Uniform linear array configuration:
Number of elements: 64
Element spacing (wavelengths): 0.5
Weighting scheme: uniform
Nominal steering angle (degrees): -15
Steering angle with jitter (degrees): -15.976
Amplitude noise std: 0.05
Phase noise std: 0.05

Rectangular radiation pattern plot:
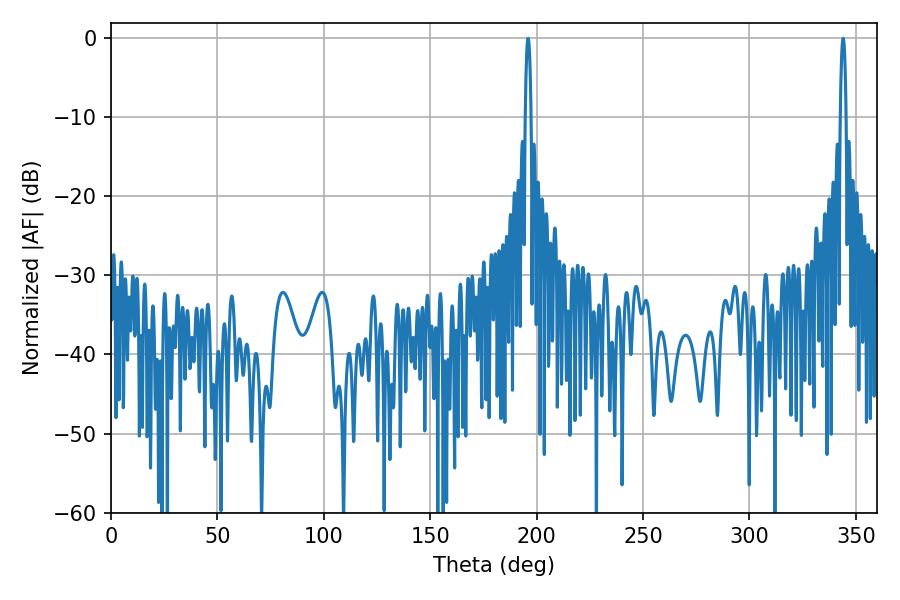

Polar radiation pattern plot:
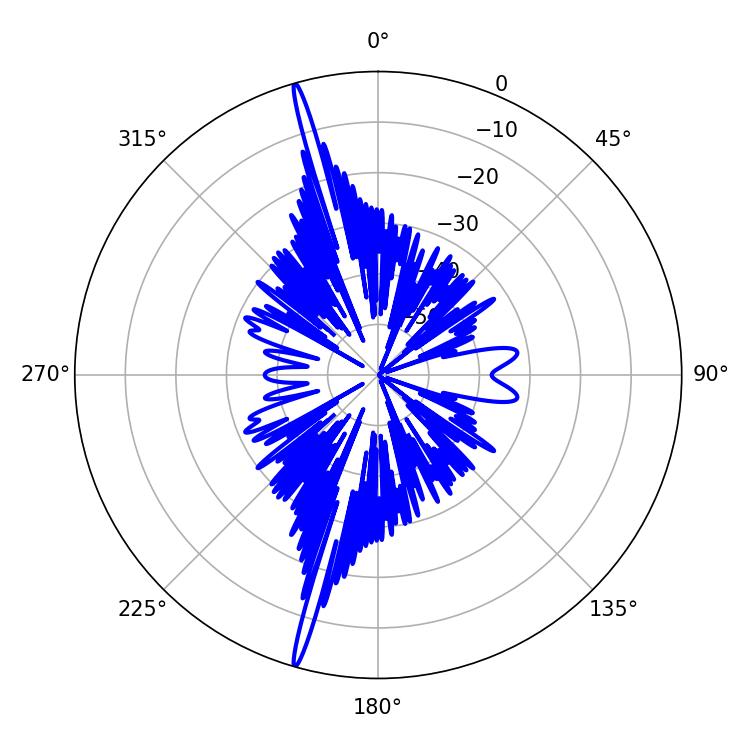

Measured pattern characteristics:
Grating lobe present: FALSE
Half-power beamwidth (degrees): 1.44
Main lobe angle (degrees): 343.98